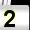
Digit: 2